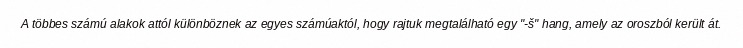
A többes számú alakok attól különböznek az egyes számúaktól, hogy rajtuk megtalálható egy "-š" hang, amely az oroszból került át.